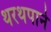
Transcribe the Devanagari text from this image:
थरथपाने